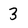
Character: 3